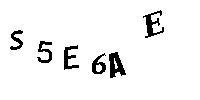
S5E6AE